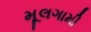
મૂલગામી